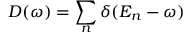
D ( \omega ) = \sum _ { n } \delta ( E _ { n } - \omega )